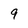
Character: 9